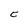
Character: C